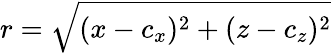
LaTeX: r=\sqrt{(x-c_{x})^{2}+(z-c_{z})^{2}}